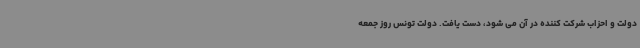
دولت و احزاب شرکت کننده در آن می شود، دست یافت. دولت تونس روز جمعه